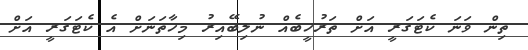
ތިން ވަނަ ކެޓަގަރީ އަށް ތަރުހީބެއް ނުލިބޭއިރު މިހާތަނަށް އެ ކެޓަގަރީ އަށް